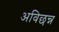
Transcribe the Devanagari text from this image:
अविछन्न